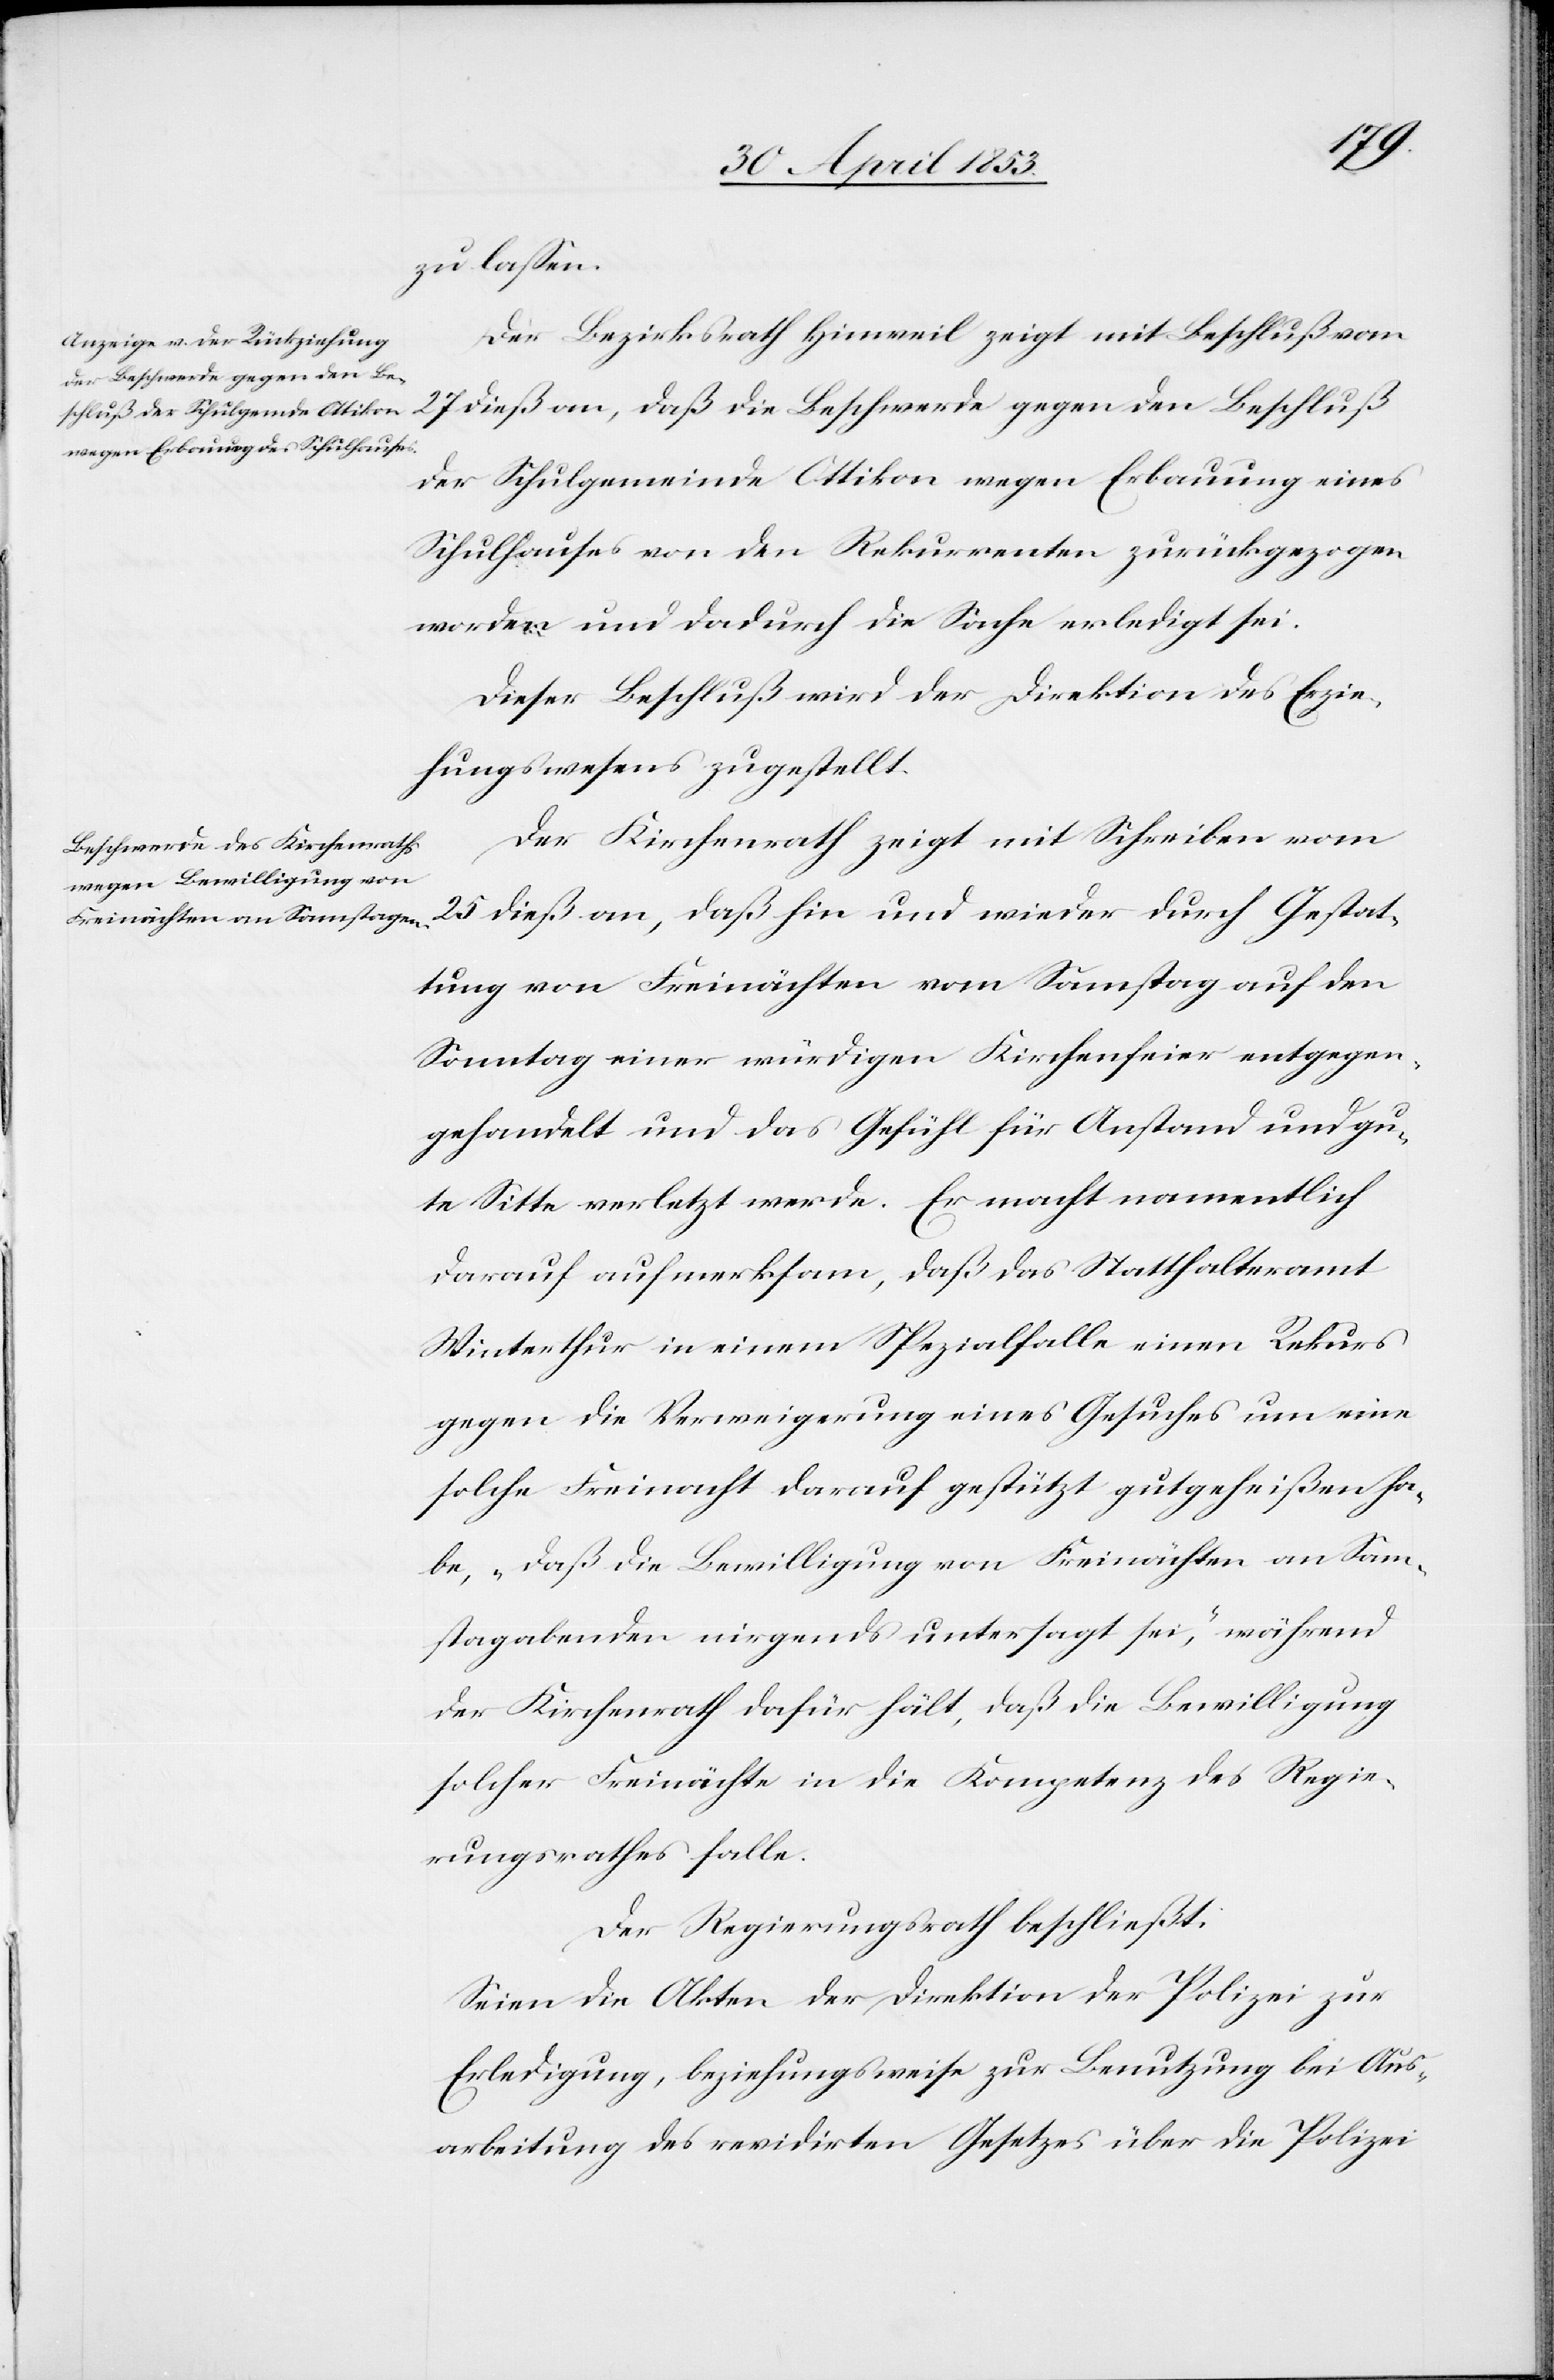
zu laßen.
Der Bezirksrath Hinweil zeigt mit Beschluß vom
27 dieß an, daß die Beschwerde gegen den Beschluß
der Schulgemeinde Ottikon wegen Erbauung eines
Schulhauses von den Rekurrenten zurückgezogen
worden und dadurch die Sache erledigt sei.
Dieser Beschluß wird der Direktion des Erzie¬
hungswesens zugestellt.
Der Kirchenrath zeigt mit Schreiben vom
25 dieß an, daß hin und wieder durch Gestat¬
tung von Freinächten vom Samstag auf den
Sonntag einer würdigen Kirchenfeier entgegen¬
gehandelt und das Gefühl für Anstand und gu¬
te Sitte verletzt werde. Er macht namentlich
darauf aufmerksam, daß das Statthalteramt
Winterthur in einem Spezialfalle einen Rekurs
gegen die Verweigerung eines Gesuches um eine
solche Freinacht darauf gestützt gutgeheißen ha¬
be, „daß die Bewilligung von Freinächten an Sam¬
stagabenden nirgends untersagt sei“, während
der Kirchenrath dafür hält, daß die Bewilligung
solcher Freinächte in die Kompetenz des Regie¬
rungsrathes falle.
Der Regierungsrath beschließt:
Seien die Akten der Direktion der Polizei zur
Erledigung, beziehungsweise zur Benutzung bei Aus¬
arbeitung des revidirten Gesetzes über die Polizei